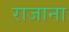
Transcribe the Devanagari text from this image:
राजाना